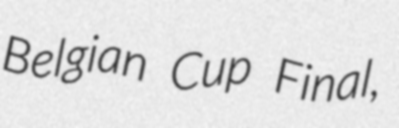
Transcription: Belgian Cup Final,